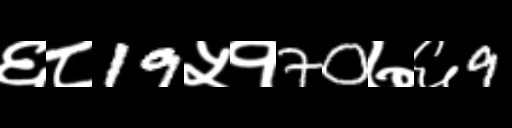
Text: ६८19५१70७६9